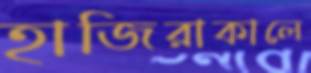
হাজিরাকালে